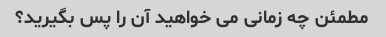
مطمئن چه زمانی می خواهید آن را پس بگیرید؟